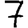
Digit: 7